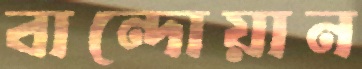
বান্দোয়ান